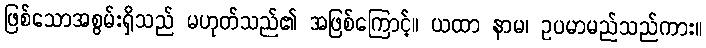
ဖြစ်သောအစွမ်းရှိသည် မဟုတ်သည်၏ အဖြစ်ကြောင့်။ ယထာ နာမ၊ ဥပမာမည်သည်ကား။